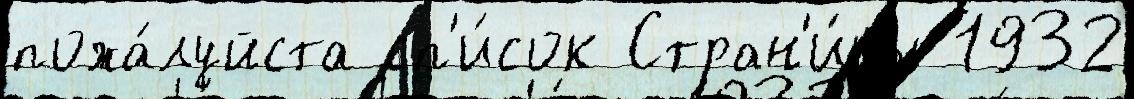
пожа́луйста сп'и́сок Стран'и́цы 1932